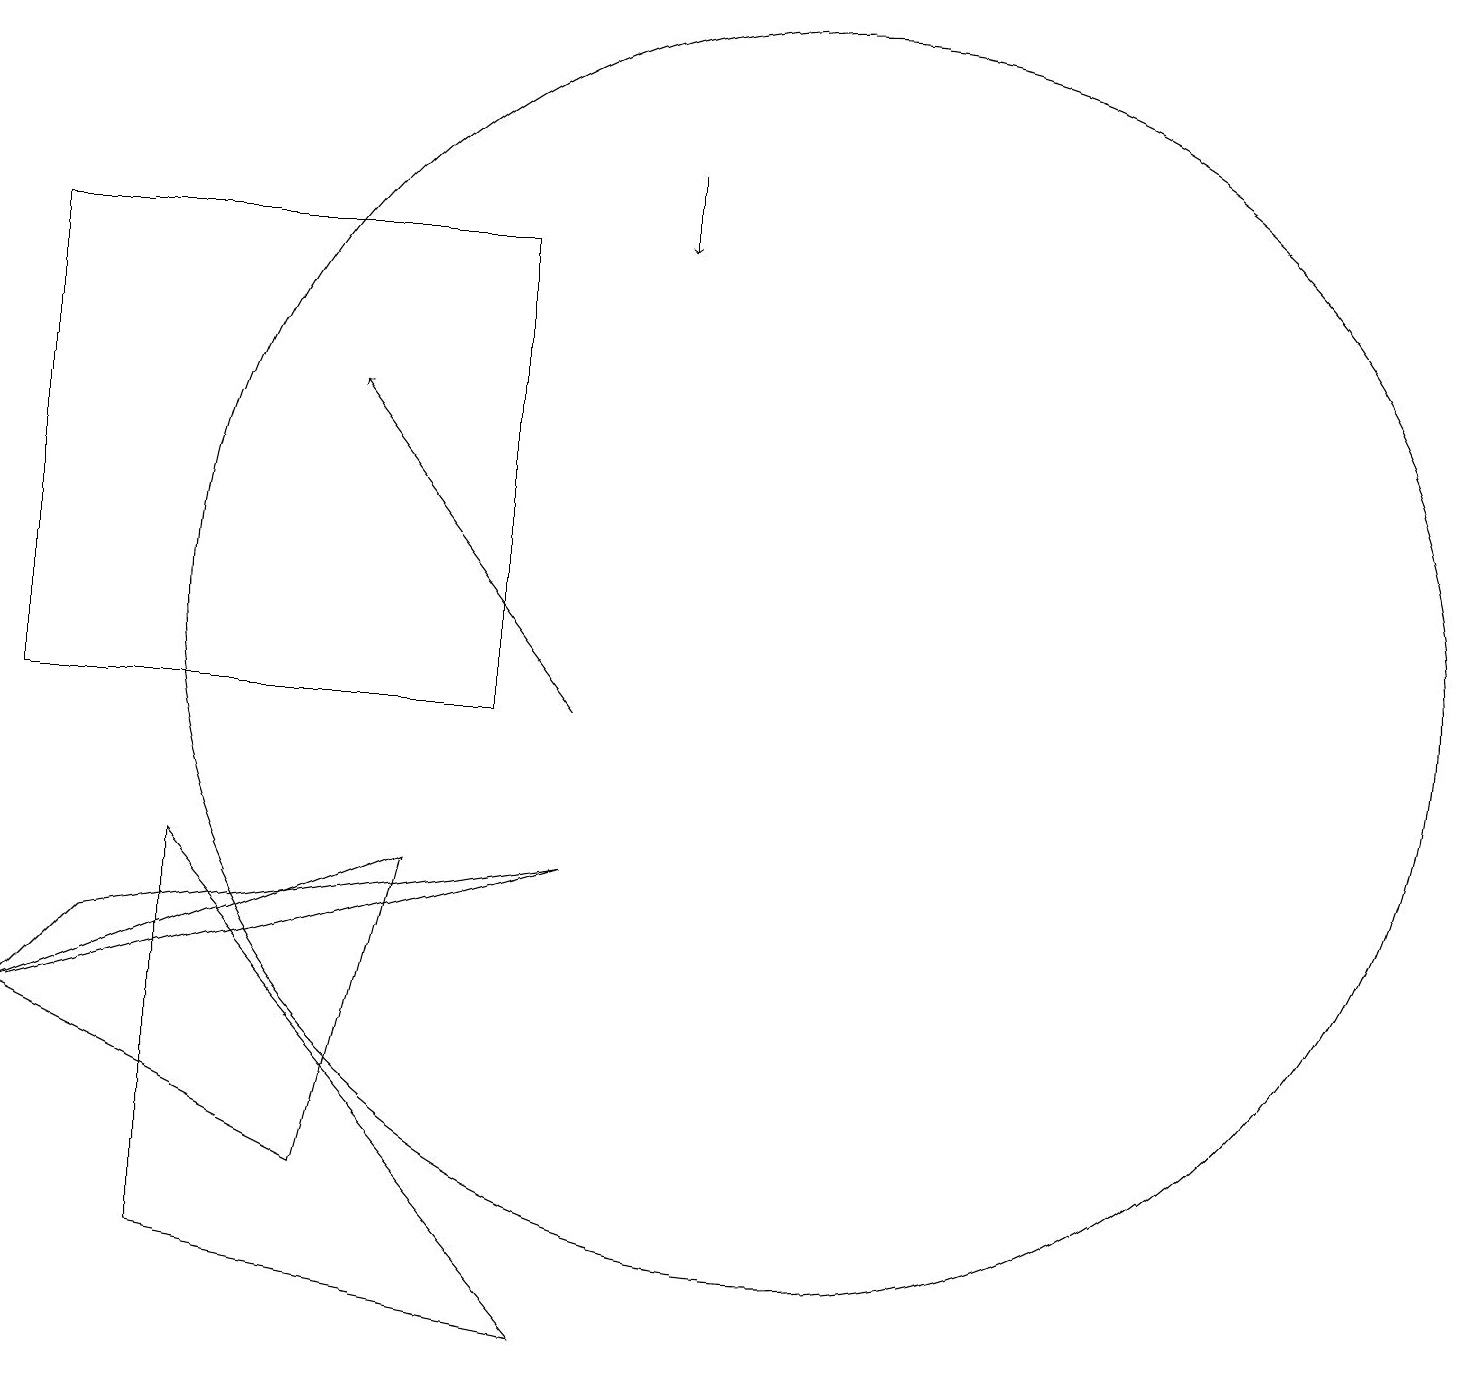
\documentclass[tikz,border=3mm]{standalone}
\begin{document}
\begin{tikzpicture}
\draw (6,8) -- (1,6) -- (5,4) -- cycle;
\draw (2,7) -- (8,8) -- (1,6) -- cycle;
\draw (11,11) circle (8);
\draw (3,3) -- (3,8) -- (8,2) -- cycle;
\draw[->] (8,10) -- (5,14);
\draw (1,10) rectangle (7,16);
\draw[->] (9,17) -- (9,16);
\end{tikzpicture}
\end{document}